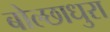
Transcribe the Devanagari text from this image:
बोल्छाधुरा